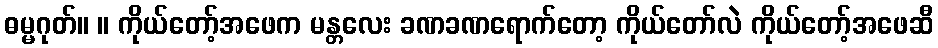
ဓမ္မဂုတ်။ ။ ကိုယ်တော့်အဖေက မန္တလေး ခဏခဏရောက်တော့ ကိုယ်တော်လဲ ကိုယ်တော့်အဖေဆီ